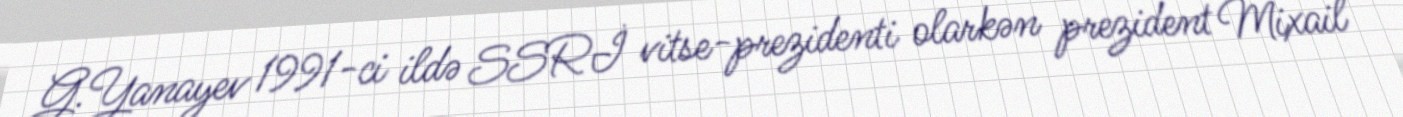
G.Yanayev 1991-ci ildə SSRİ vitse-prezidenti olarkən prezident Mixail